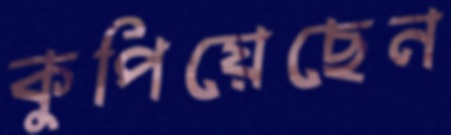
কুপিয়েছেন